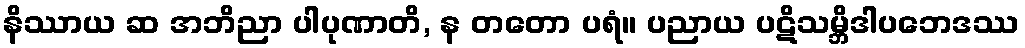
နိဿာယ ဆ အဘိညာ ပါပုဏာတိ, န တတော ပရံ။ ပညာယ ပဋိသမ္ဘိဒါပဘေဒဿ